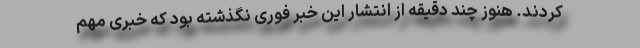
کردند. هنوز چند دقیقه از انتشار این خبر فوری نگذشته بود که خبری مهم